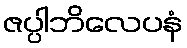
ဇပ္ပါဘိလေပနံ